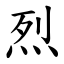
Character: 烈